Punjab Mental Hospital Lahore 1922-31 - 1922-1931
Year: 1922
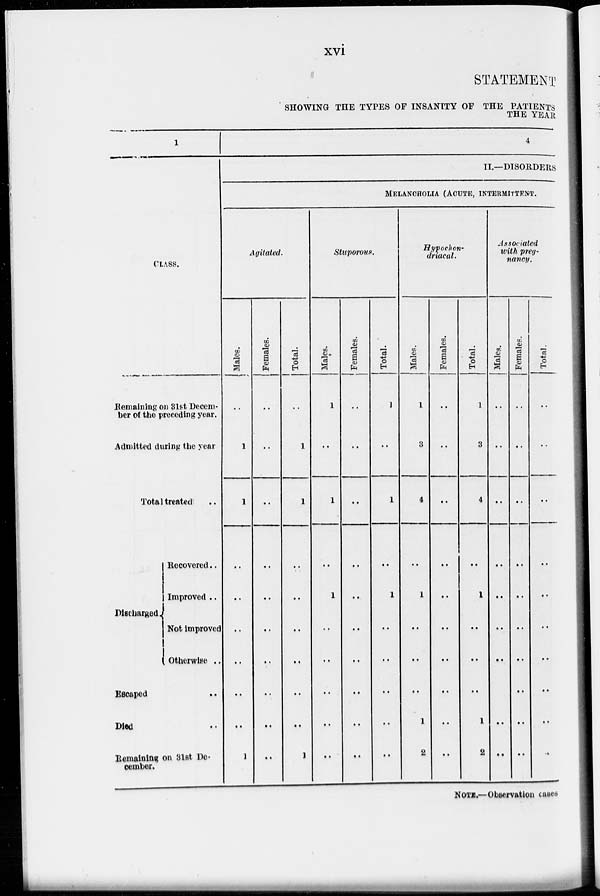
xvi
STATEMENT
SHOWING THE TYPES OF INSANITY OF THE PATIENTS
THE YEAR
1
CLASS.
Remaining on 31st Decem-
ber of the preceding year.
Admitted during the year
Total treated ..
Discharged
Recovered ..
Improved ..
Not improved
Otherwise ..
Escaped ..
Died ..
Remaining on 31st De-
cember.
4
II.—DISORDERS
MELANCHOLIA (ACUTE, INTERMITTENT.
Agitated.
Males.
..
1
1
..
..
..
..
..
..
1
Females.
..
..
..
..
..
..
..
..
..
..
Total.
..
1
1
..
..
..
..
..
..
1
Stuporous.
Males.
1
..
1
..
1
..
..
..
..
..
Females.
..
..
..
..
..
..
..
..
..
..
Total.
1
..
1
..
1
..
..
..
..
..
Hypochon-
driacal.
Males.
1
3
4
..
1
..
..
..
1
2
Females.
..
..
..
..
..
..
..
..
..
..
Total.
1
3
4
..
1
..
..
..
1
2
Associated
with preg-
nancy.
Males.
..
..
..
..
..
..
..
..
..
Females.
..
..
..
..
..
..
..
..
..
..
Total.
..
..
..
..
..
..
..
..
..
..
NOTE.—Observation cases